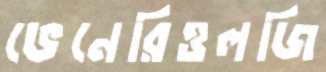
ভেনেরিওলজি